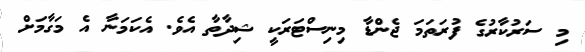
މި ސަރުކާރުގެ ފުރަތަމަ ޖެންޑާ މިނިސްޓަރަކީ ޝިދާތާ އެވެ. އެކަމަނާ އެ މަގާމަށް